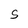
Character: S